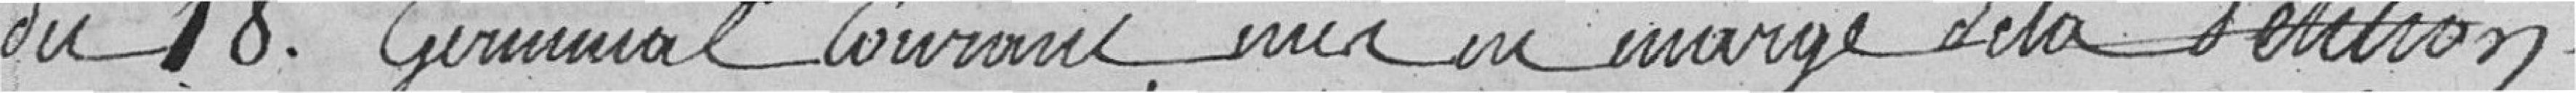
du 18 germinal courant mis en marge de la petition